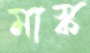
মাস্ক